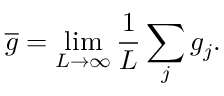
\overline { { g } } = \operatorname* { l i m } _ { L \rightarrow \infty } \frac { 1 } { L } \sum _ { j } g _ { j } .